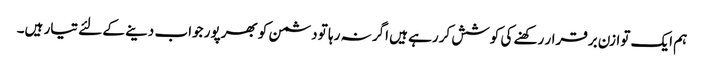
ہم ایک توازن برقرار رکھنے کی کوشش کررہے ہیں اگر نہ رہا تو دشمن کو بھرپور جواب دینے کے لئے تیار ہیں۔